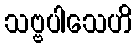
သဗ္ဗပါသေဟိ